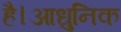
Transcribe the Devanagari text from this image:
है।आधुनिक